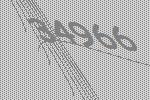
34966